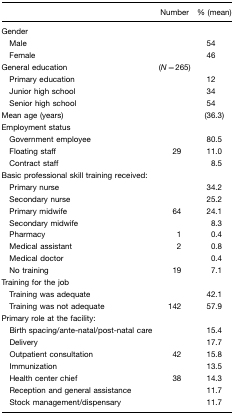
<table><thead><tr><td>[EMPTY_CELL]</td><td><b>Number</b></td><td><b>% (mean)</b></td></tr></thead><tbody><tr><td>Gender</td><td>[EMPTY_CELL]</td><td>[EMPTY_CELL]</td></tr><tr><td> Male</td><td>[EMPTY_CELL]</td><td>54</td></tr><tr><td> Female</td><td>[EMPTY_CELL]</td><td>46</td></tr><tr><td>General education</td><td>(<i>N=</i>265)</td><td>[EMPTY_CELL]</td></tr><tr><td> Primary education</td><td>[EMPTY_CELL]</td><td>12</td></tr><tr><td> Junior high school</td><td>[EMPTY_CELL]</td><td>34</td></tr><tr><td> Senior high school</td><td>[EMPTY_CELL]</td><td>54</td></tr><tr><td>Mean age (years)</td><td>[EMPTY_CELL]</td><td>(36.3)</td></tr><tr><td>Employment status</td><td>[EMPTY_CELL]</td><td>[EMPTY_CELL]</td></tr><tr><td> Government employee</td><td>[EMPTY_CELL]</td><td>80.5</td></tr><tr><td> Floating staff</td><td>29</td><td>11.0</td></tr><tr><td> Contract staff</td><td>[EMPTY_CELL]</td><td>8.5</td></tr><tr><td>Basic professional skill training received:</td><td>[EMPTY_CELL]</td><td>[EMPTY_CELL]</td></tr><tr><td> Primary nurse</td><td>[EMPTY_CELL]</td><td>34.2</td></tr><tr><td> Secondary nurse</td><td>[EMPTY_CELL]</td><td>25.2</td></tr><tr><td> Primary midwife</td><td>64</td><td>24.1</td></tr><tr><td> Secondary midwife</td><td>[EMPTY_CELL]</td><td>8.3</td></tr><tr><td> Pharmacy</td><td>1</td><td>0.4</td></tr><tr><td> Medical assistant</td><td>2</td><td>0.8</td></tr><tr><td> Medical doctor</td><td>[EMPTY_CELL]</td><td>0.4</td></tr><tr><td> No training</td><td>19</td><td>7.1</td></tr><tr><td>Training for the job</td><td>[EMPTY_CELL]</td><td>[EMPTY_CELL]</td></tr><tr><td> Training was adequate</td><td>[EMPTY_CELL]</td><td>42.1</td></tr><tr><td> Training was not adequate</td><td>142</td><td>57.9</td></tr><tr><td>Primary role at the facility:</td><td>[EMPTY_CELL]</td><td>[EMPTY_CELL]</td></tr><tr><td> Birth spacing/ante-natal/post-natal care</td><td>[EMPTY_CELL]</td><td>15.4</td></tr><tr><td> Delivery</td><td>[EMPTY_CELL]</td><td>17.7</td></tr><tr><td> Outpatient consultation</td><td>42</td><td>15.8</td></tr><tr><td> Immunization</td><td>[EMPTY_CELL]</td><td>13.5</td></tr><tr><td> Health center chief</td><td>38</td><td>14.3</td></tr><tr><td> Reception and general assistance</td><td>[EMPTY_CELL]</td><td>11.7</td></tr><tr><td> Stock management/dispensary</td><td>[EMPTY_CELL]</td><td>11.7</td></tr></tbody></table>